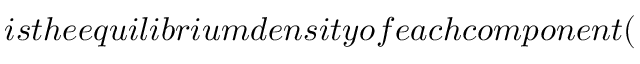
i s t h e e q u i l i b r i u m d e n s i t y o f e a c h c o m p o n e n t (